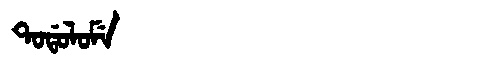
Manchu: ᡨᠣᡩᠣᠯᠣᠮᡝ
Romanization: TODOLOME